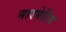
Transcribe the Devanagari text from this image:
नारमेटिव